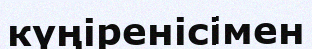
күңіренісімен